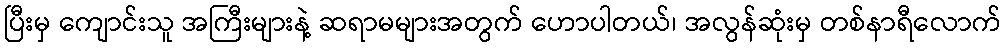
ပြီးမှ ကျောင်းသူ အကြီးများနဲ့ ဆရာမများအတွက် ဟောပါတယ်၊ အလွန်ဆုံးမှ တစ်နာရီလောက်